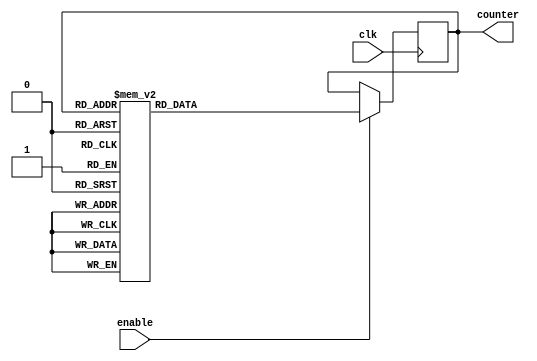
module JohnsonCounter (
    input clk,
    input enable,
    output reg [3:0] counter
);

always @(posedge clk) begin
    if (enable) begin
        // Johnson Counter logic
        case(counter)
            4'b0000: counter <= 4'b0001;
            4'b0001: counter <= 4'b0011;
            4'b0011: counter <= 4'b0110;
            4'b0110: counter <= 4'b1101;
            4'b1101: counter <= 4'b1011;
            4'b1011: counter <= 4'b0111;
            4'b0111: counter <= 4'b1111;
            4'b1111: counter <= 4'b1110;
            4'b1110: counter <= 4'b1100;
            4'b1100: counter <= 4'b1000;
            default: counter <= 4'b0000;
        endcase
    end
end

endmodule